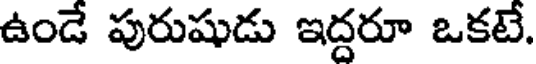
ఉండే పురుషుడు ఇద్దరూ ఒకటే.